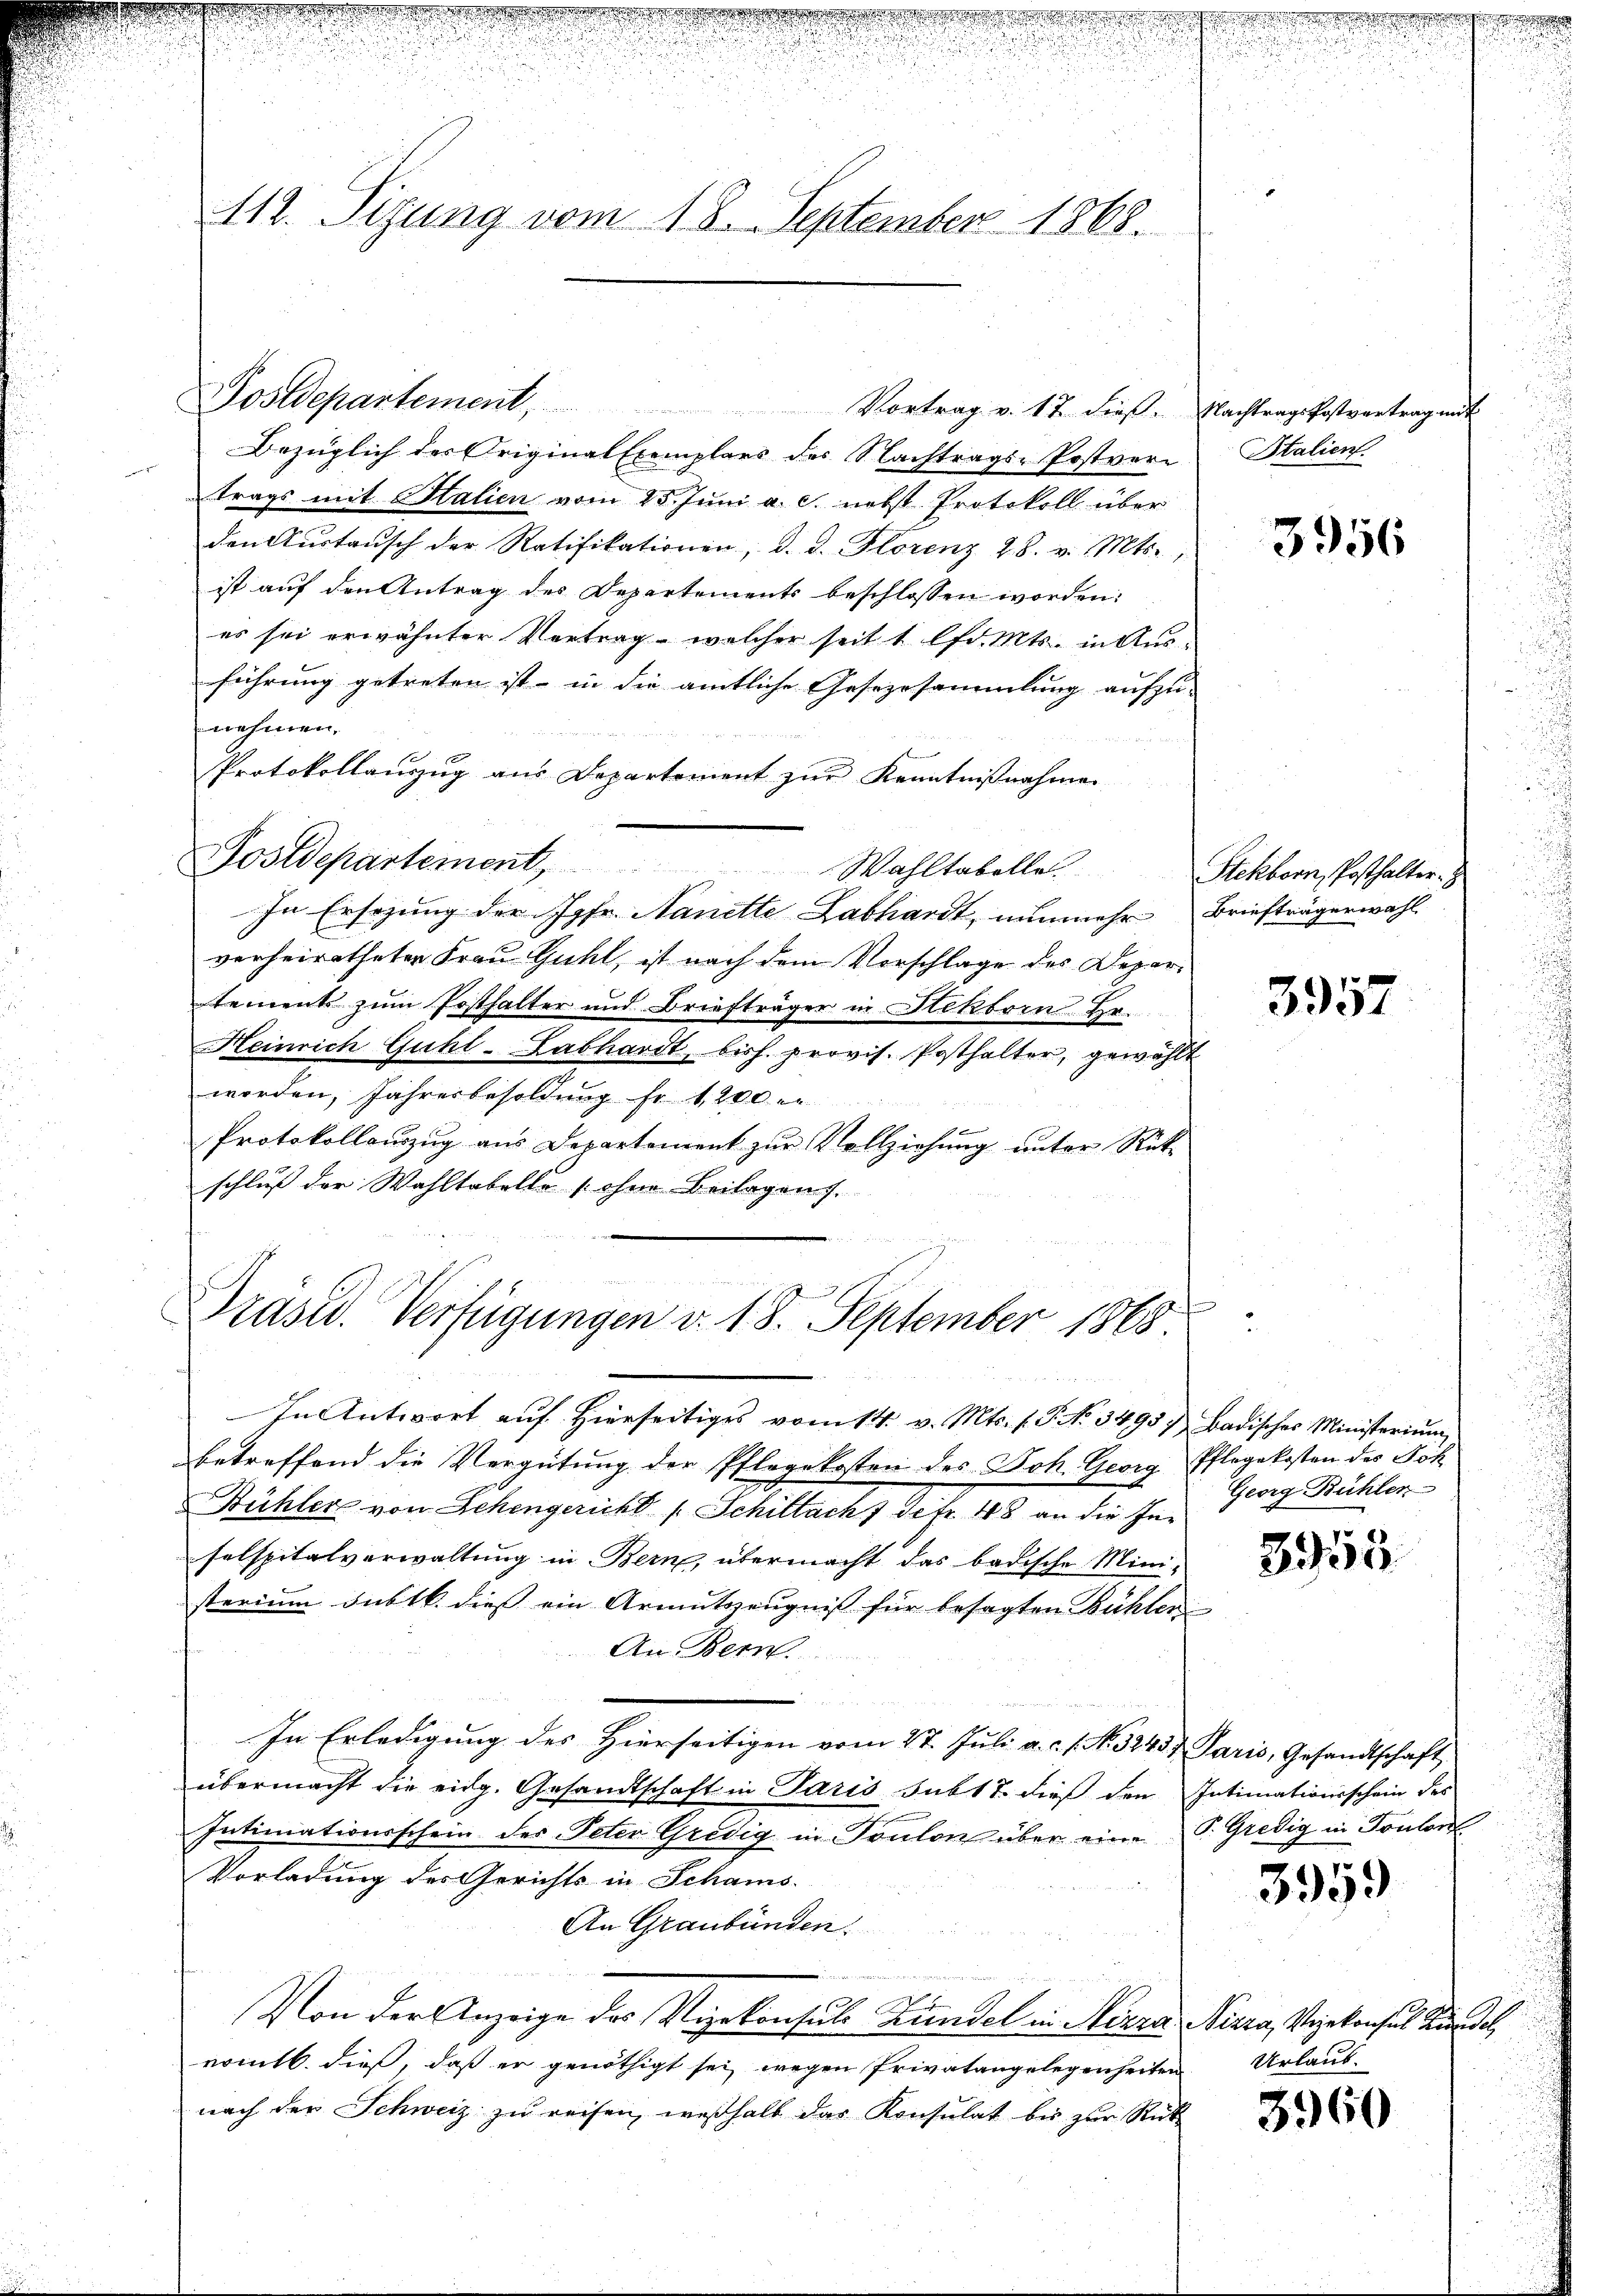
n

112. Sizung vom 18. September 1868.

Postdepartement,

Präsid. Verfügungen v. 18. September 1868

Vortrag v. 17 dieß. Nachtragskostvertrag mit

Bezüglich des Original Exemplars des Nachtrags-Postvertrags mit Stalien vom 25. Juni a. c. nebst Protokoll über
den Aŭstaŭsch der Ratifikationen, d. d. Florenz 28. v. Mts.,
ist auf den Antrag des Departements beschlossen worden:
es sei erwähnter Vertrag - welcher seit 1 lfd. Mts. in Ausführung getreten ist, in die amtliche Gesezesammlung aufzu-
nehmen,

Protokollanzug aus Departement zur Kenntnißnahmen
Postdepartement, Wahltabelle.
In Ersezung der Jgfr. Nanette Labhardt, nunmehr Briefträgerwahl
verheiratheter Frau Guhl, ist nach dem Vorschlage des Departements zum Posthalter und Briefträger in Hektorn Er¬
Heinrich Guhl-Labhardt, bish. provis. Posthalter, gewählt
worden, Jahresbesoldung fr. 1200
Protokollauszug aus Departement zur Vollziehung unter Rück-
schluß der Wahltabelle (ohne Beilagens.

In Antwort auf Hierseitiges vom 14. v. Mts. f. P. No. 3495 / Badisches Ministerium
betreffend die Vergütung der Pflegekosten des Joh. Georg Pflegekosten des Föh
Bühler von Zehengericht (Schillach 7 Sefr. 48 an die Inselspitalverwaltung in Bern, übermacht das badische Mini-
sterium Subtk. dieß ein Armutszeugnis für besagten Bühlen
An Bern.
In Erledigung des Hierseitigen vom 27. Juli a.c. s. No. 3243 Paris, Gesandtschaft
übermacht die eidg. Gesandtschaft in Paris subt 7. dieß den Intimationsschein des
Intimationsschein des Peter Gredig in Toulon über eine P. Gredig in Toulon
Vorladung des Gerichts in Schams-
An Graubünden.
Von der Anzeige des Vizekonsuls Bundel in Nizza Nizza, Vizekonsul in de
nomtl. dieß, daß er genöthigt sei, wegen Privatangelegenheiten
nach der Schweiz zu reifen, weßhalb das Konsulat bis zur Rüt

25

Stalien.

3956

Stekborn, Posthalter. J

3957

Georg Bühler

3958.

3959

Urlaub.

3960